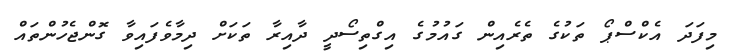
މިފަދަ އެކްސްޕޯ ތަކުގެ ތެރެއިން ގައުމުގެ އިގްތިސޯދީ ދާއިރާ ތަކަށް ދިމާވެފައިވާ ގޮންޖެހުންތައް